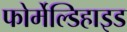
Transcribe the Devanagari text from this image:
फोर्मेल्डिहाइड